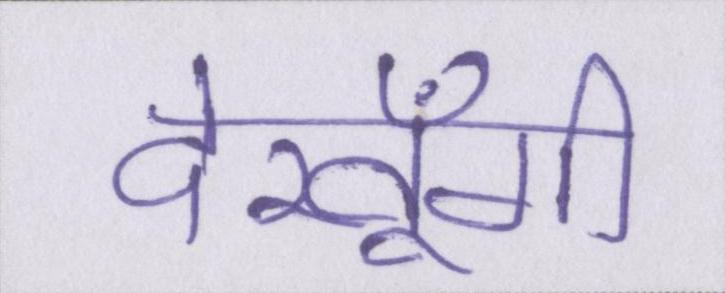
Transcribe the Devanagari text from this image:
देखूँगी